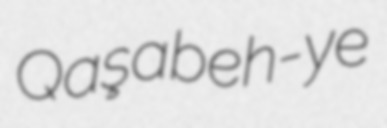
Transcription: Qaşabeh-ye